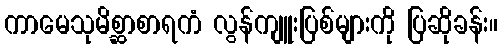
ကာမေသုမိစ္ဆာစာရကံ လွန်ကျူးပြစ်များကို ပြဆိုခန်း။